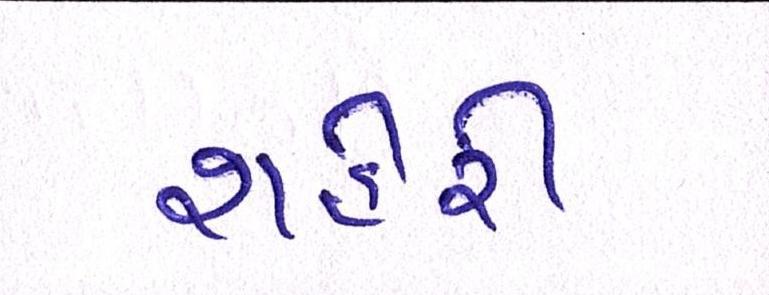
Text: શહેરી